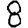
Digit: 8